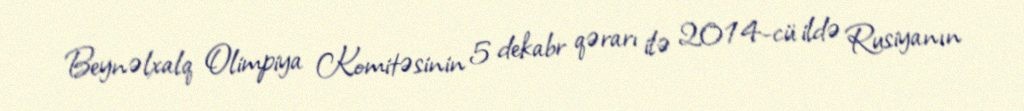
Beynəlxalq Olimpiya Komitəsinin 5 dekabr qərarı ilə 2014-cü ildə Rusiyanın